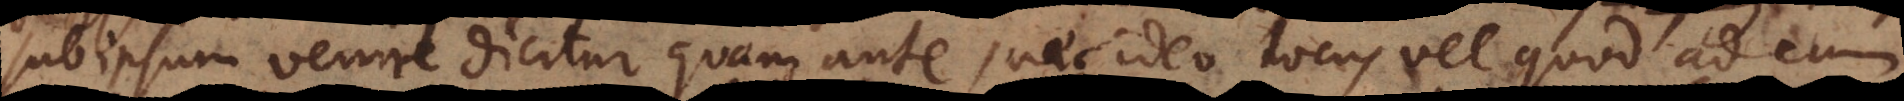
sub ipsum venire dicitur quam ante, nec ideo locus vel quod ad eum